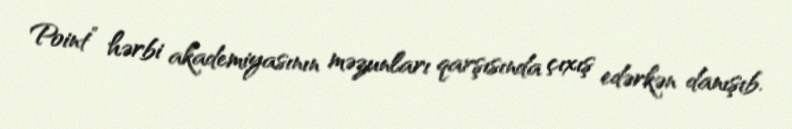
Point” hərbi akademiyasının məzunları qarşısında çıxış edərkən danışıb.